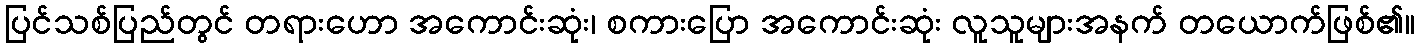
ပြင်သစ်ပြည်တွင် တရားဟော အကောင်းဆုံး၊ စကားပြော အကောင်းဆုံး လူသူများအနက် တယောက်ဖြစ်၏။